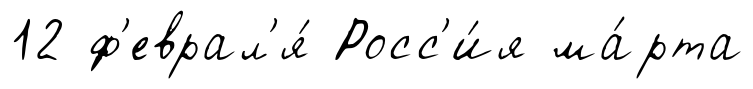
12 ф'еврал'я́ Росс'и́я ма́рта